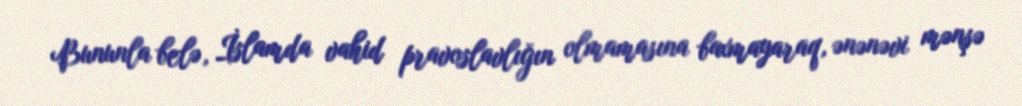
Bununla belə, İslamda vahid pravoslavlığın olmamasına baxmayaraq, ənənəvi mənşə